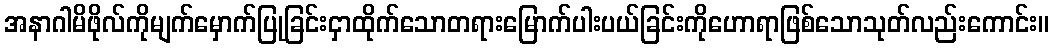
အနာဂါမိဖိုလ်ကိုမျက်မှောက်ပြုခြင်းငှာထိုက်သောတရားမြောက်ပါးပယ်ခြင်းကိုဟောရာဖြစ်သောသုတ်လည်းကောင်း။